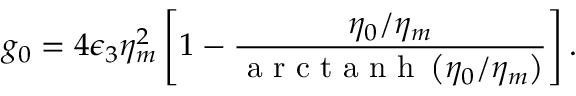
g _ { 0 } = 4 \epsilon _ { 3 } \eta _ { m } ^ { 2 } \left[ 1 - \frac { \eta _ { 0 } / \eta _ { m } } { \mathrm { ~ a ~ r ~ c ~ t ~ a ~ n ~ h ~ } \left( \eta _ { 0 } / \eta _ { m } \right) } \right] .